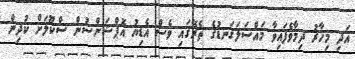
އަދި މިހާރު ދިމާވެފައިވާ މައްސަލަގަނޑުގެ ތެރޭގައި ވެސް އެޑިޔު އޮޕްޝަންސުން ސްކޫލަށް ކުދިން